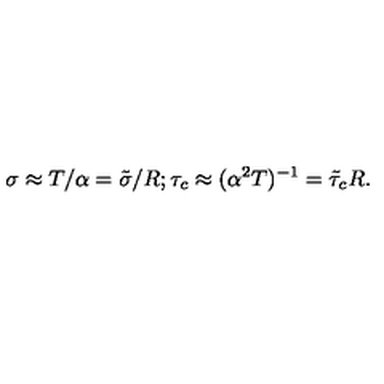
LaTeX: \sigma \approx T / \alpha = \tilde { \sigma } / R ; \tau _ { c } \approx ( \alpha ^ { 2 } T ) ^ { - 1 } = \tilde { \tau } _ { c } R .